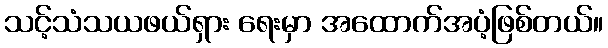
သင့်သံသယဖယ်ရှား ရေးမှာ အထောက်အပံ့ဖြစ်တယ်။